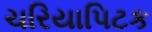
ચરિયાપિટક